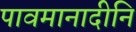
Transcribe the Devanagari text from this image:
पावमानादीनि